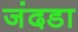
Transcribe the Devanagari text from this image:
जंदडा